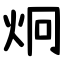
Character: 炯